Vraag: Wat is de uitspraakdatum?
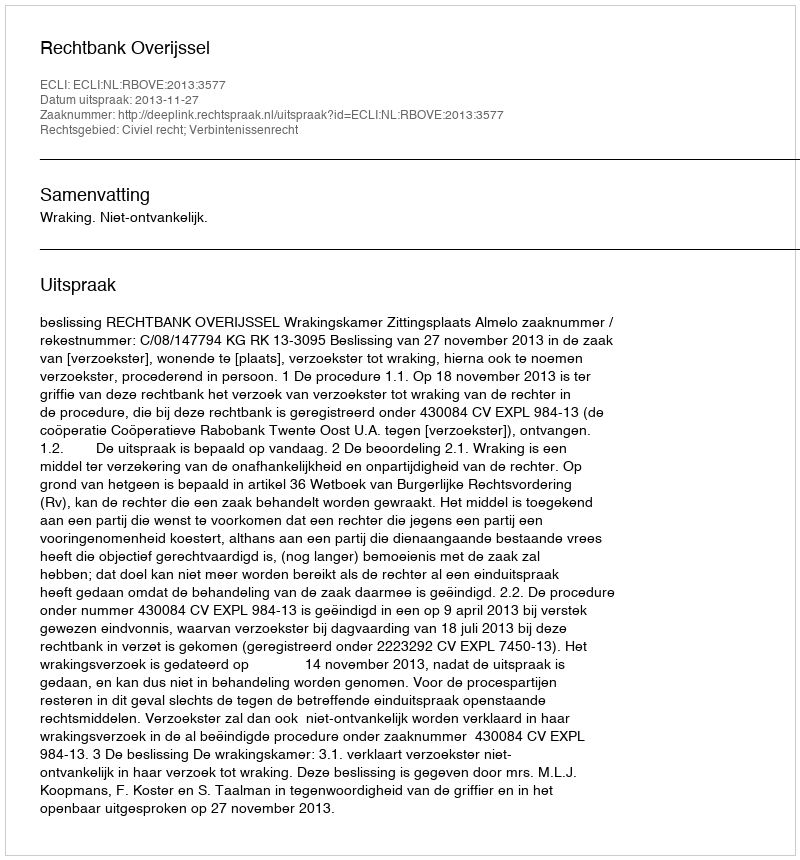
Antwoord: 2013-11-27